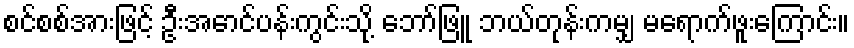
စင်စစ်အားဖြင့် ဦးအောင်ပန်းကွင်းသို့ ဘော်ဖြူ ဘယ်တုန်းကမျှ မရောက်ဖူးကြောင်း။